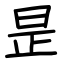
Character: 昰